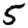
Digit: 5